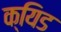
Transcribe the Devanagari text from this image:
क्यिड